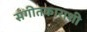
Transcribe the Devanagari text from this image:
संगीतकाराशी